Senior Leaving Certificate Examination (including Day School Certificate (Higher) General paper), 1949
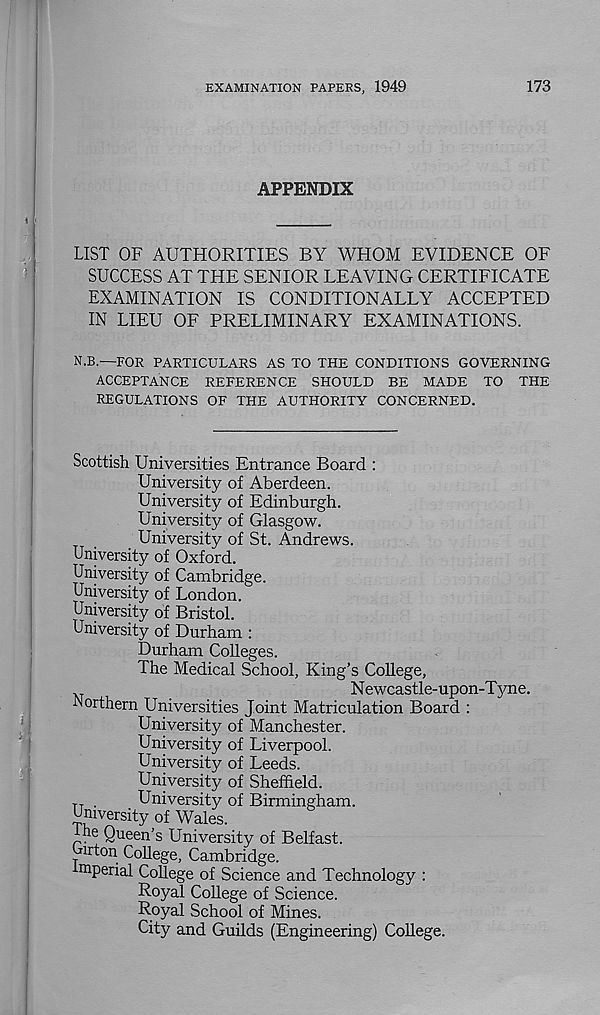
EXAMINATION PAPERS, 1949
173
APPENDIX
LIST OF AUTHORITIES BY WHOM EVIDENCE OF
SUCCESS AT THE SENIOR LEAVING CERTIFICATE
EXAMINATION IS CONDITIONALLY ACCEPTED
IN LIEU OF PRELIMINARY EXAMINATIONS.
N.B.—FOR PARTICULARS AS TO THE CONDITIONS GOVERNING
ACCEPTANCE REFERENCE SHOULD BE MADE TO THE
REGULATIONS OF THE AUTHORITY CONCERNED.
Scottish Universities Entrance Board :
University of Aberdeen.
University of Edinburgh.
University of Glasgow.
University of St. Andrews.
University of Oxford.
University of Cambridge.
University of London.
University of Bristol.
University of Durham :
Durham Colleges.
The Medical School, King’s College,
Newcastle-upon-Tyne.
Northern Universities Joint Matriculation Board :
University of Manchester.
University of Liverpool.
University of Leeds.
University of Sheffield.
.
University of Birmingham.
University of Wales.
Ihe Queen’s University of Belfast,
j ton College, Cambridge,
mperial College of Science and Technology :
Royal College of Science.
Royal School of Mines.
City and Guilds (Engineering) College.